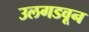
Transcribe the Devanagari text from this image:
उलगडवून